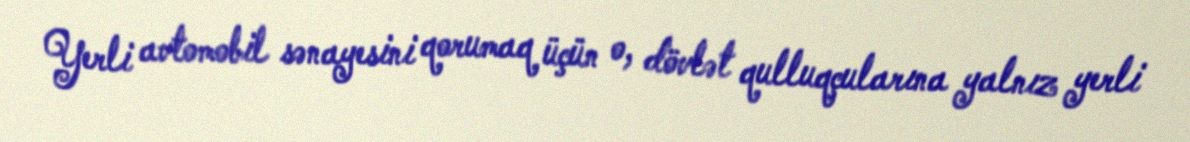
Yerli avtomobil sənayesini qorumaq üçün o, dövlət qulluqçularına yalnız yerli